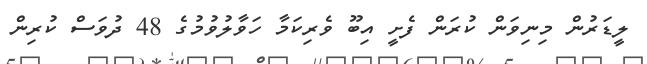
ލީޑަރުން މިނިވަން ކުރަން ފެށީ އިބޫ ވެރިކަމާ ހަވާލުވުމުގެ 48 ދުވަސް ކުރިން